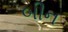
બીન